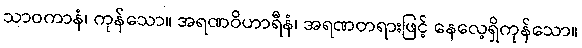
သာဝကာနံ၊ ကုန်သော။ အရဏဝိဟာရီနံ၊ အရဏတရားဖြင့် နေလေ့ရှိကုန်သော။